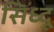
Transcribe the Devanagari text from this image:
सिध्दू